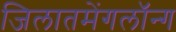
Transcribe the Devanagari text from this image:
जिलातमेंगलॉन्ग